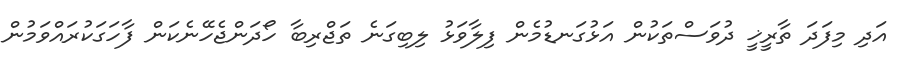
އަދި މިފަދަ ތާރީޚީ ދުވަސްތަކުން އަޅުގަނޑުމެން ފިލާވަޅު ލިބިގަނެ ތަޖްރިބާ ހޯދަންޖެހޭނެކަން ފާހަގަކުރައްވަމުން